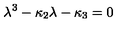
\lambda ^ { 3 } - \kappa _ { 2 } \lambda - \kappa _ { 3 } = 0